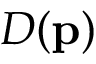
D ( \mathbf { p } )